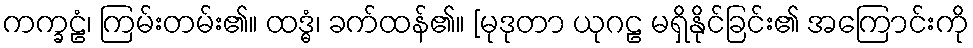
ကက္ခဠံ၊ ကြမ်းတမ်း၏။ ထဒ္ဓံ၊ ခက်ထန်၏။ [မုဒုတာ ယုဂဠ မရှိနိုင်ခြင်း၏ အကြောင်းကို